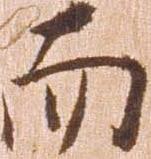
而